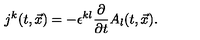
j ^ { k } ( t , { \vec { x } } ) = - \epsilon ^ { k l } \frac { \partial } { \partial t } A _ { l } ( t , { \vec { x } } ) .